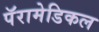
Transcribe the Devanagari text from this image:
पॅरामेडिकल